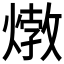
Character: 𤍗